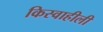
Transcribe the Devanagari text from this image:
किस्वाहीली